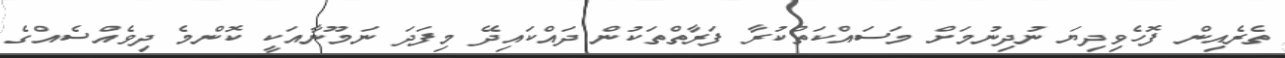
ތެރެއިން ފޮހެވިދިޔަ ނުދިނުމަށް މަސައްކަތްކުރާ ފަރާތްތަކުން ދައްކައިދޭ މިފަދަ ނަމޫނާއަކީ ކޮންމެ ދިވެއްސެއްގެ